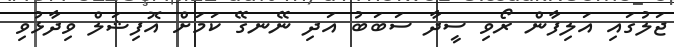
ޖަލުގައި އަލިފާން ރޯވި ސީދާ ސަބަބު އަދި ނޭނގޭ ކަމަށް އޮފިޝަލް ވިދާޅުވި